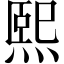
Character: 熙